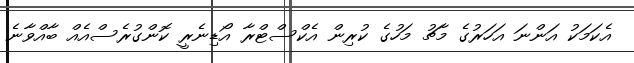
އެކަމަކު އަންނަ އަހަރުގެ މާޗު މަހުގެ ކުރިން އެކްސްޓްރާ އޯޑިނެރީ ކޮންގުރެސްއެއް ބާއްވާނެ